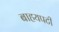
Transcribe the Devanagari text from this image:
बाहयपटी